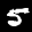
Label: 5